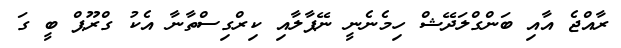
ރާއްޖެ އާއި ބަންގްލަދޭޝް ހިމެނެނީ ނޭޕާލާއި ކިރްގިސްތާނާ އެކު ގްރޫޕް ބީ ގަ